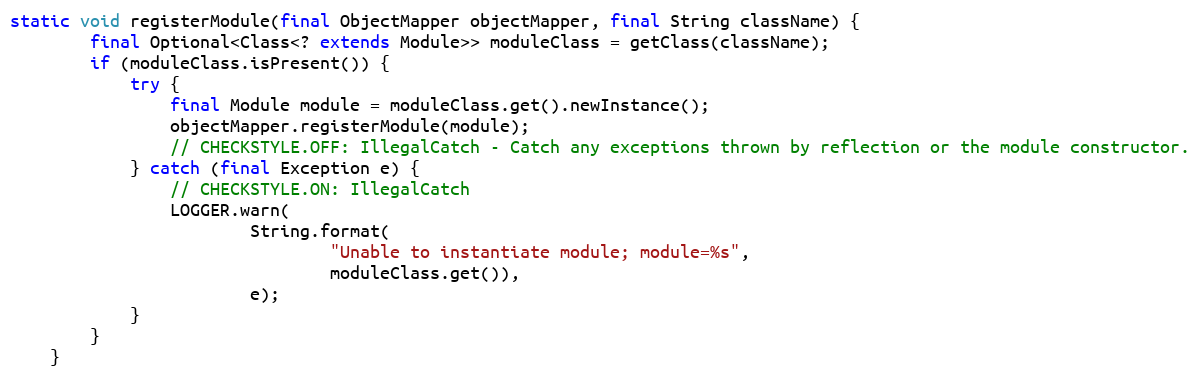
Language: Java
static void registerModule(final ObjectMapper objectMapper, final String className) {
        final Optional<Class<? extends Module>> moduleClass = getClass(className);
        if (moduleClass.isPresent()) {
            try {
                final Module module = moduleClass.get().newInstance();
                objectMapper.registerModule(module);
                // CHECKSTYLE.OFF: IllegalCatch - Catch any exceptions thrown by reflection or the module constructor.
            } catch (final Exception e) {
                // CHECKSTYLE.ON: IllegalCatch
                LOGGER.warn(
                        String.format(
                                "Unable to instantiate module; module=%s",
                                moduleClass.get()),
                        e);
            }
        }
    }